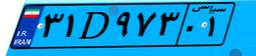
۳۱D۹۷۳۰۱